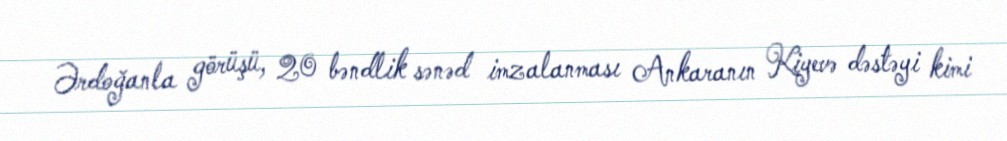
Ərdoğanla görüşü, 20 bəndlik sənəd imzalanması Ankaranın Kiyevə dəstəyi kimi